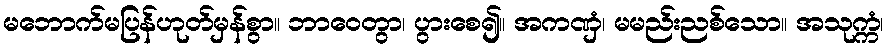
မဘောက်မပြန်ဟုတ်မှန်စွာ။ ဘာဝေတွာ၊ ပွားစေ၍။ အကဏှံ၊ မမည်းညစ်သော။ အသုက္ကံ၊